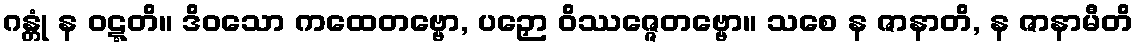
ဂန္တုံ န ဝဋ္ဋတိ။ ဒိဝသော ကထေတဗ္ဗော, ပဉှော ဝိဿဇ္ဇေတဗ္ဗော။ သစေ န ဇာနာတိ, န ဇာနာမီတိ